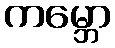
ကမ္ဘော